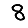
Digit: 8